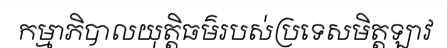
កម្មាភិបាលយុត្តិធម៌របស់ប្រទេសមិត្តឡាវ